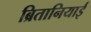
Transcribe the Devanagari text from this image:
ब्रितानियाई